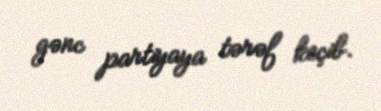
gənc partiyaya tərəf keçib.